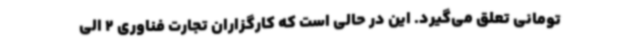
تومانی تعلق می‌گیرد. این در حالی است که کارگزاران تجارت فناوری 2 الی